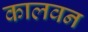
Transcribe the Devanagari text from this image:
कालवन